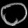
Digit: ၀